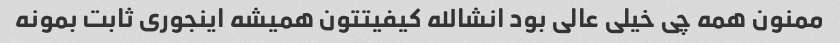
ممنون همه چی خیلی عالی بود انشالله کیفیتتون همیشه اینجوری ثابت بمونه